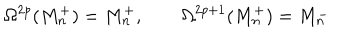
LaTeX: \Omega ^ { 2 p } ( M _ { n } ^ { + } ) = M _ { n } ^ { + } , \qquad \Omega ^ { 2 p + 1 } ( M _ { n } ^ { + } ) = M _ { n } ^ { - }